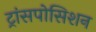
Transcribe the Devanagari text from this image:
ट्रांसपोसिशन